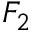
{ \cal F } _ { 2 }